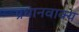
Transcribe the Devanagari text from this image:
प्रधानवाक्य